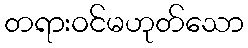
တရားဝင်မဟုတ်သော